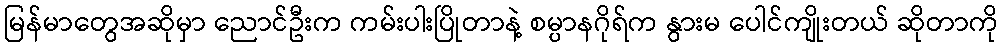
မြန်မာတွေအဆိုမှာ ညောင်ဦးက ကမ်းပါးပြိုတာနဲ့ စမ္ပာနဂိုရ်က နွားမ ပေါင်ကျိုးတယ် ဆိုတာကို